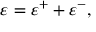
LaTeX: \varepsilon = \varepsilon ^ { + } + \varepsilon ^ { - } ,